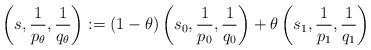
LaTeX: \begin{align*} \left(s,\frac{1}{p_\theta},\frac{1}{q_\theta}\right):= (1-\theta)\left(s_0,\frac{1}{p_0},\frac{1}{q_0}\right)+ \theta\left(s_1,\frac{1}{p_1},\frac{1}{q_1}\right)\end{align*}